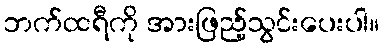
ဘက်ထရီကို အားဖြည့်သွင်းပေးပါ။